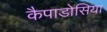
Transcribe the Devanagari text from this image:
कैपाडोसिया